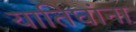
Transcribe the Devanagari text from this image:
यातिघांना